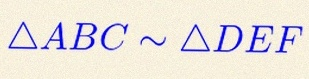
\triangle ABC\sim\triangle DEF